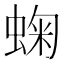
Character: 䗇